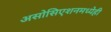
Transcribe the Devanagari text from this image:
असोसिएशनमध्येही